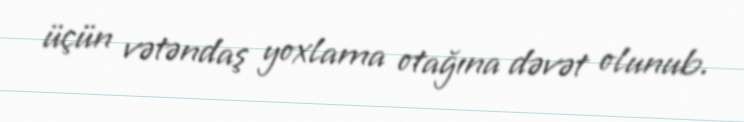
üçün vətəndaş yoxlama otağına dəvət olunub.